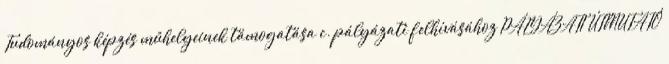
Tudományos képzés műhelyeinek támogatása c. pályázati felhívásához PÁLYÁZATI ÚTMUTATÓ